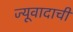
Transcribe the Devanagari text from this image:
ज्यूवादाची